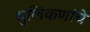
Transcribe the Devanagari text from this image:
धुलिकणांचे